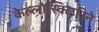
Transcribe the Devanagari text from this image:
केल्लोस्किउरिने